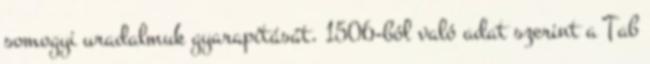
somogyi uradalmuk gyarapítását. 1506-ból való adat szerint a Tab